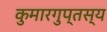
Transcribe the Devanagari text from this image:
कुमारगुप्तस्य